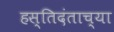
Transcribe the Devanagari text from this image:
हस्तिदंताच्या